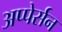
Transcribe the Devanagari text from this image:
अप्पेर्सन